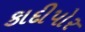
કાદીપોર